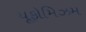
યૂફોમિઝમ